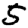
Digit: 5